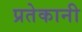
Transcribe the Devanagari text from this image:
प्रतेकानी